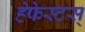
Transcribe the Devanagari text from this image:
हेफेस्टस्‌